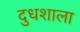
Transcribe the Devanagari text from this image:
दुधशाला